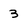
Character: 3